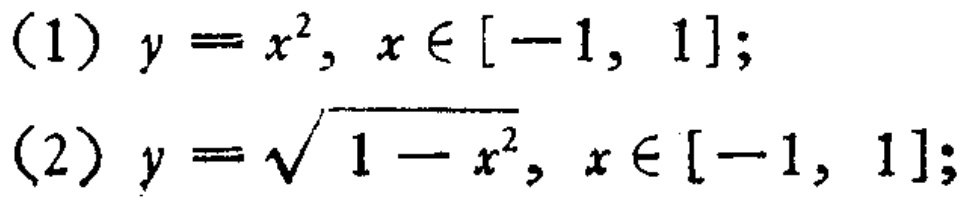
(1) \(y = x^{2}, x\in[-1, 1]\);

(2) \(y = \sqrt{1 - x^{2}}, x\in[-1, 1]\);